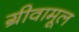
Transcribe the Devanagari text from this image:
ग्रीवामूल